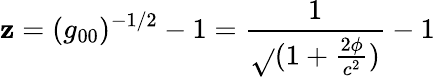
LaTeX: \mathbf{z}=(g_{00})^{-1/2}-1=\frac{{1}}{{\sqrt{}{{(1+\frac{{2\phi}}{{c^{2}}})}}}}-1